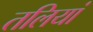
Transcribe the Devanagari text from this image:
तलियां